Vaike-Kopu_(Puiatu)_vallavalitsus, lk 31
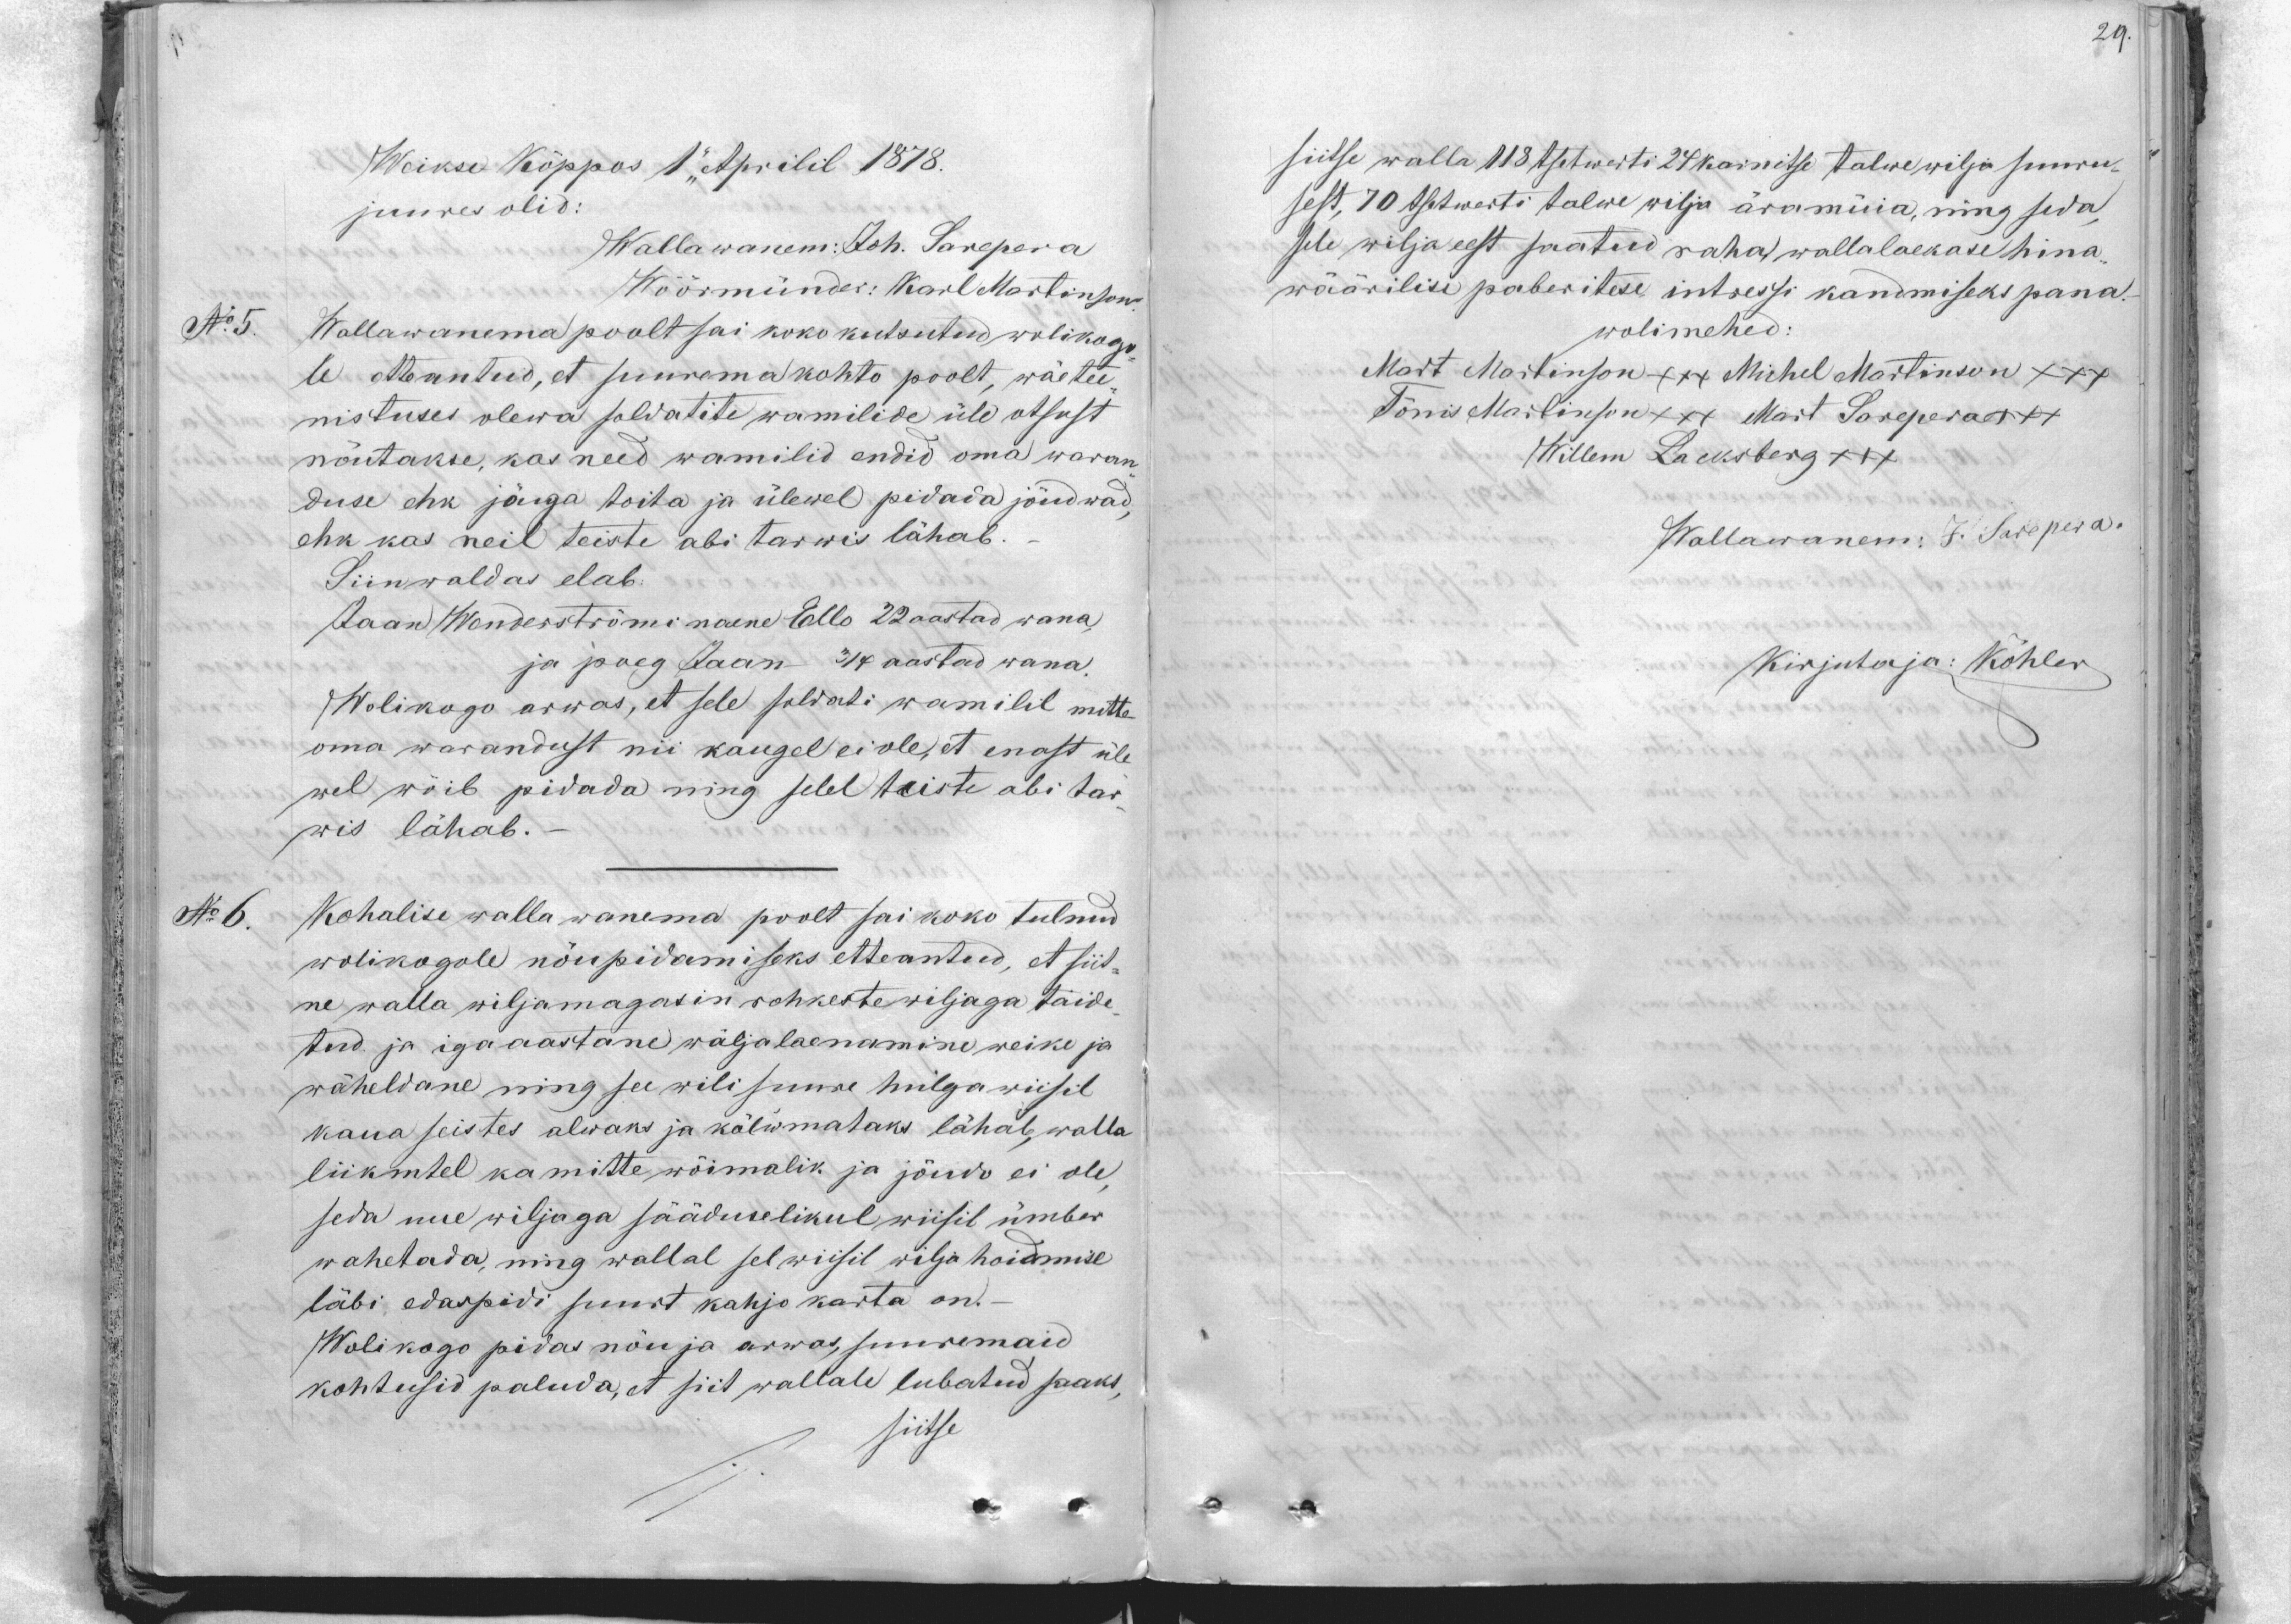
29.

Weikse Köppos 1 Aprilil 1878.
juures olid:
Wallawanem: Joh. Sarepera
Wöörmündes: Karl Martinson
No 5.
Wallawanema poolt sai koko kutsutud wolikogu
le etteantud, et suurema kohto poolt, wäeteen-
nistuses olewa soldatite wamilide üle otsust
nõutakse, kas need wamilid endid oma waran-
duse ehk jöuga toita ja ülewel pidada jõudwad,
ehk kas neil teiste abi tarwis lähab
Siin waldas elab:
Jaan Wenderströmi naene Ello 22 aastad wana,
ja poeg Jaan 3/4 aastad wana.
Wolikogo arwas, et sele soldati wamilil mitte
oma warandust nii kaugel ei ole, et enast üle
wel wöib pidada ning selel teiste abi tar-
wis lähab.
No 6.
Kohalise walla wanema poolt sai koko tulnud
wolikogole nõupidamiseks etteantud, et siit-
ne walla wiljamagasin rohkeste wiljaga täide
tud ja iga aastane wäljalaenamine weike ja
wäheldane ning see wili suure hulga wiisil
kaua seistes alwaks ja kõlwmataks lähab, walla
liikmetel ka mitte wõimalik ja jõudo ei ole,
seda uue wiljaga sääduulikul wiisil ümber
wahetada, ning wallal sel wiisil wilja hoidmise
läbi edaspidi suurt kahjo karta on.
Wolikogo pidas nõu ja arwas, suuremaid
kohtusid paluda, et siit wallale lubatud saaks,
siitse

siitse walla 118 tsetwerti 24 karnitse talwe wilja suuru-
sest, 70 tsetwerti talwe wilja äramüia, ning seda,
sele wilja eest saatud raha wallalaekase hina-
wäärilise paberitese intressi kandmiseks pana.
wolimehed:
Mart Martinson +++ Michel Martinson +++
Tõnis Martinson +++ Mart Sareperaxxx
Willem Lacksberg +++
Wallawanem: J. Sarepera.
Kirjutaja: Köhler